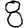
Digit: 8